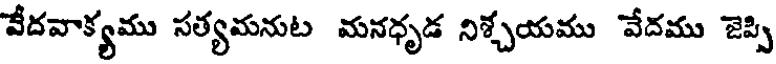
వేదవాక్యము సత్యమనుట మనధృడ నిశ్చయము వేదము జెప్పి